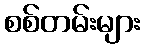
စစ်တမ်းများ